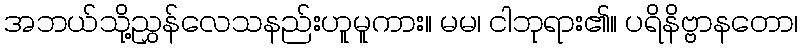
အဘယ်သို့ညွှန်လေသနည်းဟူမူကား။ မမ၊ ငါဘုရား၏။ ပရိနိဗ္ဗာနတော၊